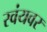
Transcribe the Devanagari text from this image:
स्वंयवर